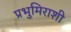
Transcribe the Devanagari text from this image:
प्रभुमिराशी